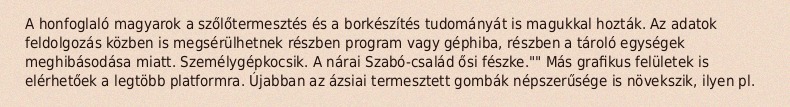
A honfoglaló magyarok a szőlőtermesztés és a borkészítés tudományát is magukkal hozták. Az adatok feldolgozás közben is megsérülhetnek részben program vagy géphiba, részben a tároló egységek meghibásodása miatt. Személygépkocsik. A nárai Szabó-család ősi fészke."" Más grafikus felületek is elérhetőek a legtöbb platformra. Újabban az ázsiai termesztett gombák népszerűsége is növekszik, ilyen pl.